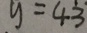
y = 4 3